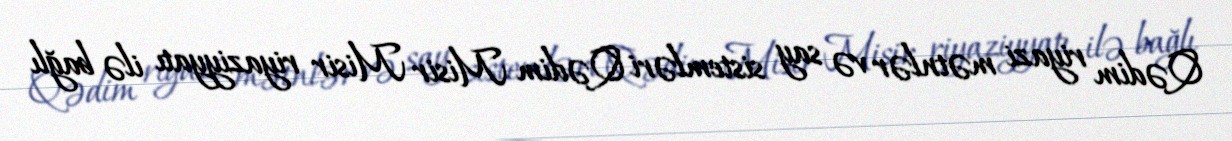
Qədim riyazi mətnlər və say sistemləri Qədim Misir Misir riyaziyyatı ilə bağlı